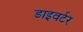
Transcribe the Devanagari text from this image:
डाइवर्टर